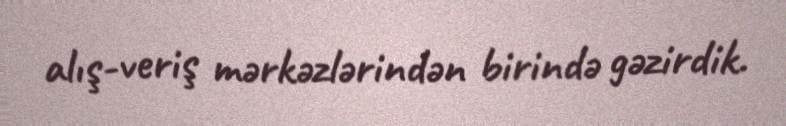
alış-veriş mərkəzlərindən birində gəzirdik.